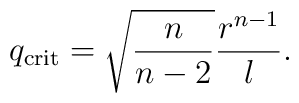
q_{\mathrm{crit}}=\sqrt{\frac{n}{n-2}} \frac{r^{n-1}}{l}.